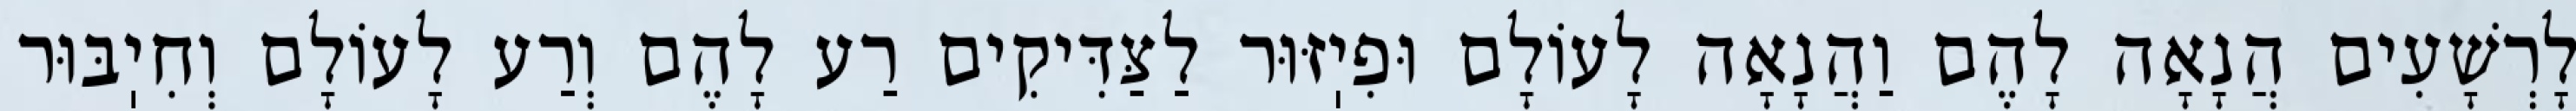
לָרְשָׁעִים הֲנָאָה לָהֶם וַהֲנָאָה לָעוֹלָם וּפִיֽזּוּר לַצַּדִּיקִים רַע לָהֶם וְרַע לָעוֹלָם וְחִיֽבּוּר